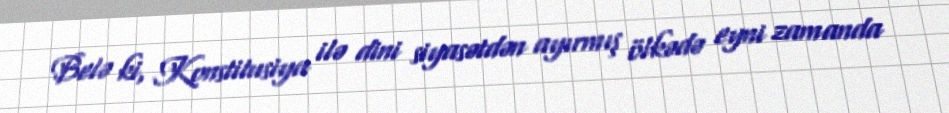
Belə ki, Konstitusiya ilə dini siyasətdən ayırmış ölkədə eyni zamanda